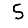
Digit: 5